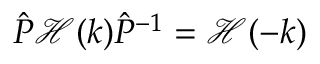
\hat { P } \mathcal { H } ( k ) \hat { P } ^ { - 1 } = \mathcal { H } ( - k )